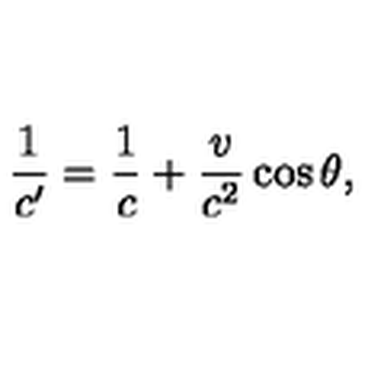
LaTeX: \frac { 1 } { c ^ { \prime } } = \frac { 1 } { c } + \frac { v } { c ^ { 2 } } \cos { \theta } ,